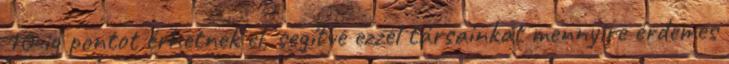
10-ig pontot érhetnek el, segítve ezzel társainkat mennyire érdemes